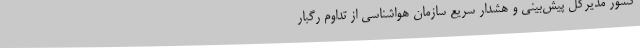
کشور مدیرکل پیش‌بینی و هشدار سریع سازمان هواشناسی از تداوم رگبار